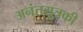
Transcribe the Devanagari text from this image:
अनंतसूत्रकी